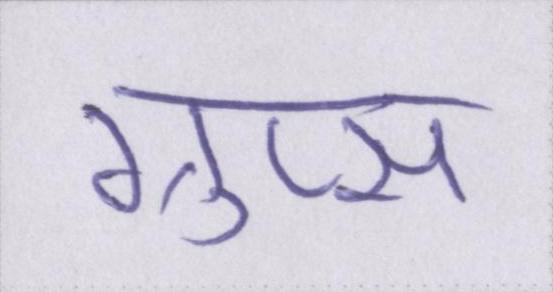
ग्रुप्स